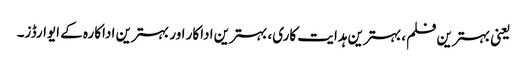
یعنی بہترین فلم، بہترین ہدایت کاری، بہترین اداکار اور بہترین اداکارہ کے ایوارڈز۔